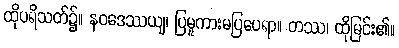
ထိုပရိသတ်၌။ နဝဒေဿယျ၊ ပြမူကားမပြပေရာ။ တဿ၊ ထိုမြင်း၏။